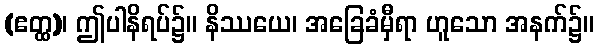
(ဧတ္ထ)၊ ဤပါနိရပ်၌။ နိဿယေ၊ အခြေခံမှီရာ ဟူသော အနက်၌။